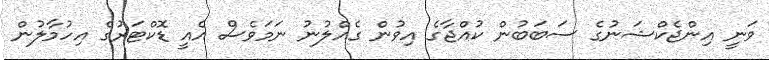
ވަނީ އިންޖެކްޝަނުގެ ސަބަބުން ކުއްޖާގެ އިވުން ގެއްލުނު ނަމަވެސް އެއީ ޑޮކްޓަރުގެ އިހުމާލުން